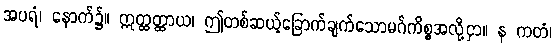
အပရံ၊ နောက်၌။ ဣတ္ထတ္ထာယ၊ ဤတစ်ဆယ့်ခြောက်ချက်သောမဂ်ကိစ္စအလို့ငှာ။ န ကတံ၊